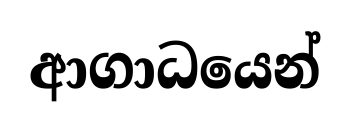
ආගාධයෙන්